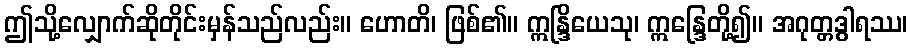
ဤသို့လျှောက်ဆိုတိုင်းမှန်သည်လည်း။ ဟောတိ၊ ဖြစ်၏။ ဣန္ဒြိယေသု၊ ဣန္ဒြေတို့၍။ အဂုတ္တဒွါရဿ၊